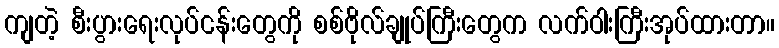
ကျတဲ့ စီးပွားရေးလုပ်ငန်းတွေကို စစ်ဗိုလ်ချုပ်ကြီးတွေက လက်ဝါးကြီးအုပ်ထားတာ။